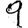
Digit: 9